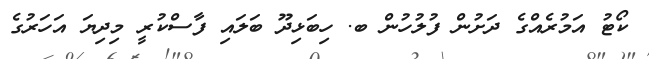
ކޯޓު އަމުރެއްގެ ދަށުން ފުލުހުން ބ. ހިބަޅިދޫ ބަލައި ފާސްކުރީ މިދިޔަ އަހަރުގެ